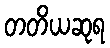
တတိယဆုရ